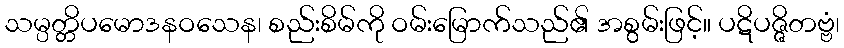
သမ္ပတ္တိပမောဒနဝသေန၊ စည်းစိမ်ကို ဝမ်းမြောက်သည်၏ အစွမ်းဖြင့်။ ပဋိပဇ္ဇိတဗ္ဗံ၊